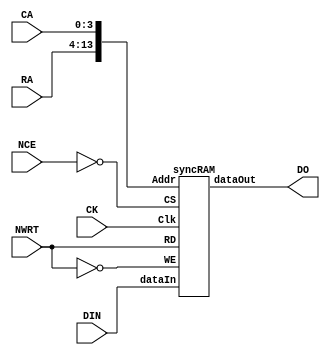
module SRAM
#(parameter WORDSIZE = 11)
(
    input NWRT,
    input [WORDSIZE-1:0] DIN,
    input [10-1:0] RA,
    input [4-1:0] CA,
    input NCE,
    input CK,
    output [WORDSIZE-1:0] DO 
);

syncRAM MEM(DIN, DO, {RA, CA}, ~NCE, ~NWRT, NWRT, CK);

endmodule

module syncRAM( dataIn,
                dataOut,
                Addr, 
                CS, 
                WE, 
                RD, 
                Clk
);

// parameters for the width 

parameter ADR   = 14;
parameter DAT   = 11;
parameter DPTH  = 12288;

//ports
input   [DAT-1:0]  dataIn;
output reg [DAT-1:0]  dataOut;
input   [ADR-1:0]  Addr;
input CS, 
      WE, 
      RD, 
      Clk;

      

//internal variables

reg [DAT-1:0] SRAM [0:DPTH-1];


always @ (posedge Clk)
begin

 if (CS == 1'b1) begin

  if (WE == 1'b1 && RD == 1'b0) begin

   SRAM [Addr] <= dataIn;

  end

  else if (RD == 1'b1 && WE == 1'b0) begin

   dataOut <= SRAM [Addr]; 

  end

  else;

 end

 else;

end

endmodule